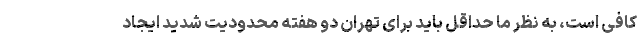
کافی است، به نظر ما حداقل باید برای تهران دو هفته محدودیت شدید ایجاد